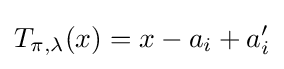
T_{\pi ,\lambda }(x)=x-a_{i}+a'_{i}